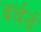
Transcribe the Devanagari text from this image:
बर्चर्ड